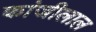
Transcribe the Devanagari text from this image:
कांजीलाल